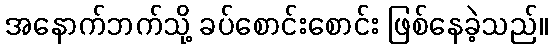
အနောက်ဘက်သို့ ခပ်စောင်းစောင်း ဖြစ်နေခဲ့သည်။